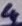
Text: 4